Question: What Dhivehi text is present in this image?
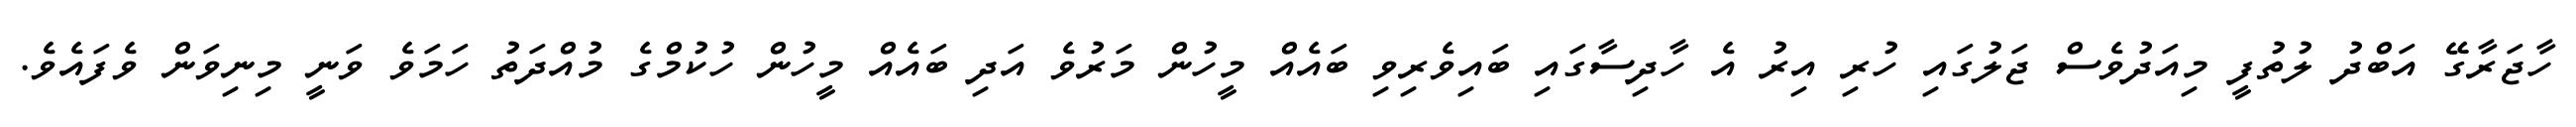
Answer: ހާޖަރާގޭ އަބްދު ލުތުފީ މިއަދުވެސް ޖަލުގައި ހުރި އިރު އެ ހާދިސާގައި ބައިވެރިވި ބައެއް މީހުން މަރުވެ އަދި ބައެއް މީހުން ހުކުމްގެ މުއްދަތު ހަމަވެ ވަނީ މިނިވަން ވެފައެވެ.